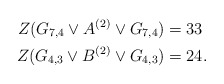
\begin{align*} Z(G_{7,4}\vee A^{(2)} \vee G_{7,4})&=33\\ Z(G_{4,3}\vee B^{(2)}\vee G_{4,3})&= 24. \end{align*}